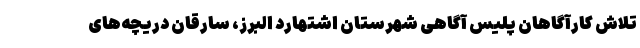
تلاش کارآگاهان پلیس آگاهی شهرستان اشتهارد البرز، سارقان دریچه‌های